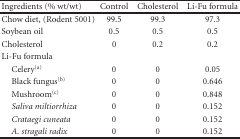
| Ingredients (% wt/wt) | Control | Cholesterol | Li-Fu formula |
 | --- | --- | --- | --- |
 | Chow diet, (Rodent 5001) | 99.5 | 99.3 | 97.3 |
 | Soybean oil | 0.5 | 0.5 | 0.5 |
 | Cholesterol | 0 | 0.2 | 0.2 |
 | Li-Fu formula |  |  |  |
 | Celery(a) | 0 | 0 | 0.05 |
 | Black fungus(b) | 0 | 0 | 0.646 |
 | Mushroom(c) | 0 | 0 | 0.848 |
 | Saliva miltiorrhiza | 0 | 0 | 0.152 |
 | Crataegi cuneata | 0 | 0 | 0.152 |
 | A. stragali radix | 0 | 0 | 0.152 |